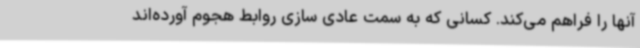
آنها را فراهم می‌کند. کسانی که به سمت عادی سازی روابط هجوم آورده‌اند